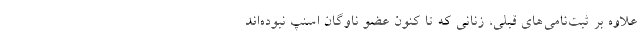
علاوه بر ثبت‌نامی‌های قبلی، زنانی که تا کنون عضو ناوگان اسنپ نبوده‌اند